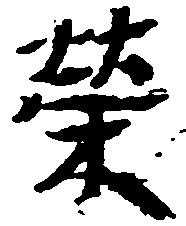
栄